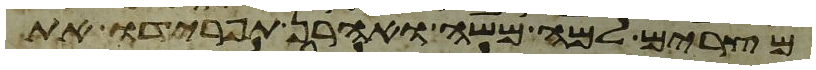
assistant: מצרים למה משה ואהרן תפרידו את